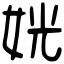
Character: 姯